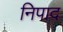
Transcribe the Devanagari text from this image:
निपाद